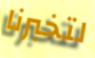
لتخبرنا